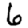
Digit: 6